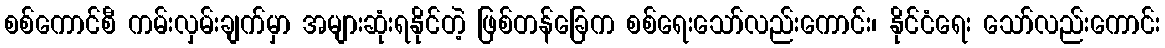
စစ်ကောင်စီ ကမ်းလှမ်းချက်မှာ အများဆုံးရနိုင်တဲ့ ဖြစ်တန်ခြေက စစ်ရေးသော်လည်းကောင်း၊ နိုင်ငံရေး သော်လည်းကောင်း